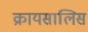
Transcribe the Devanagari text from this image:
क्रायसालिस